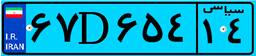
۲۸D۱۴۹۵۳